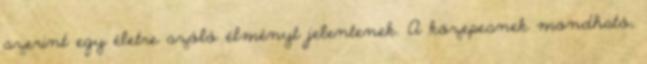
szerint egy életre szóló élményt jelentenek. A közepesnek mondható,